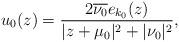
LaTeX: \begin{align*}u_0(z) = \frac{2 \overline{\nu_0} e_{k_0}(z)}{|z+ \mu_0|^2 + |\nu_0|^2},\end{align*}